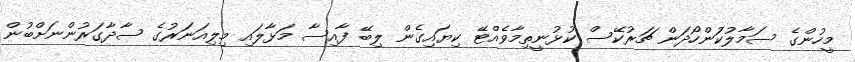
މީހުންގެ ސަމާލުކަުންހޯދަން ޗަރުކޭސް ކުޅުނީތިމާވެއްޓޭ ކިޔައިގެން ލިބޭ ފާއިސާ މަޅާލައި މިލިއަނަރުގެ ސާދާގަރުންނަށްބުން